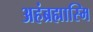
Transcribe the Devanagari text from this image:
अहंब्रह्मास्मि